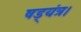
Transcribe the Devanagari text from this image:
षड्यंत्र।